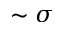
\sim \sigma